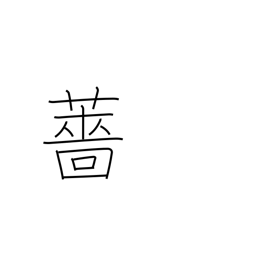
Meaning: water pepper